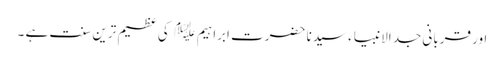
اور قربانی جد الانبیاء سیدنا حضرت ابراہیم ﷤ کی عظیم ترین سنت ہے ۔